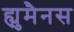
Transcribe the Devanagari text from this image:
ह्युमैनस